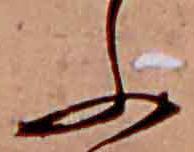
ふ